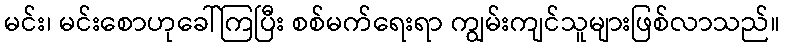
မင်း၊ မင်းစောဟုခေါ်ကြပြီး စစ်မက်ရေးရာ ကျွမ်းကျင်သူများဖြစ်လာသည်။